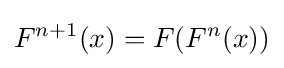
F^{n+1}(x)=F(F^{n}(x))